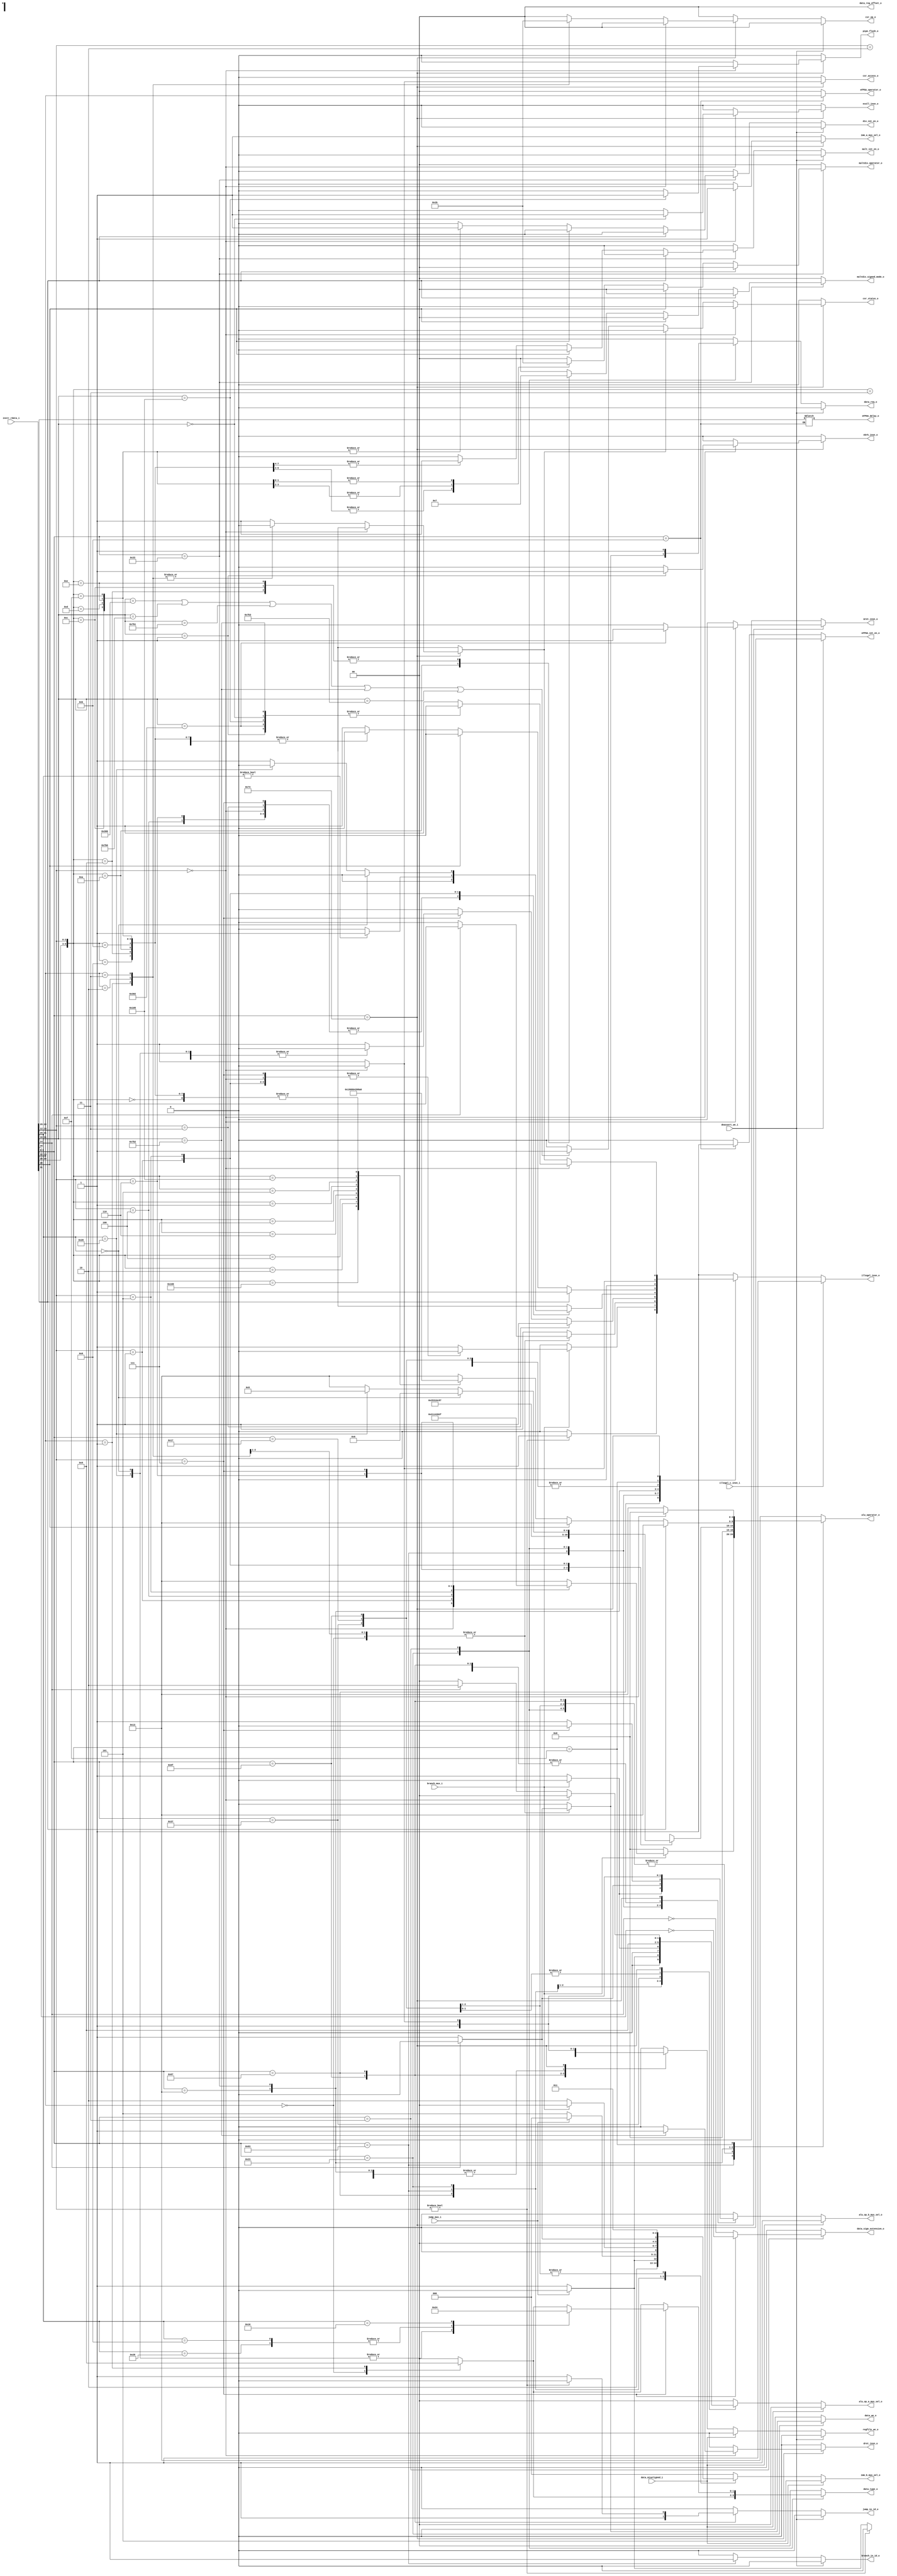
// Copyright lowRISC contributors.
// Copyright 2018 ETH Zurich and University of Bologna.
// Licensed under the Apache License, Version 2.0, see LICENSE for details.
// SPDX-License-Identifier: Apache-2.0

////////////////////////////////////////////////////////////////////////////////
// Engineer        Andreas Traber - atraber@iis.ee.ethz.ch                    //
//                                                                            //
// Additional contributions by:                                               //
//                 Matthias Baer - baermatt@student.ethz.ch                   //
//                 Igor Loi - igor.loi@unibo.it                               //
//                 Sven Stucki - svstucki@student.ethz.ch                     //
//                 Davide Schiavone - pschiavo@iis.ee.ethz.ch                 //
//                 Markus Wegmann - markus.wegmann@technokrat.ch              //
//                                                                            //
// Design Name:    Decoder                                                    //
// Project Name:   ibex                                                       //
// Language:       SystemVerilog                                              //
//                                                                            //
// Description:    Decoder                                                    //
//                                                                            //
////////////////////////////////////////////////////////////////////////////////


module flexbex_ibex_decoder (
	deassert_we_i,
	data_misaligned_i,
	branch_mux_i,
	jump_mux_i,
	illegal_insn_o,
	ebrk_insn_o,
	mret_insn_o,
	dret_insn_o,
	ecall_insn_o,
	pipe_flush_o,
	instr_rdata_i,
	illegal_c_insn_i,
	alu_operator_o,
	alu_op_a_mux_sel_o,
	alu_op_b_mux_sel_o,
	imm_a_mux_sel_o,
	imm_b_mux_sel_o,
	mult_int_en_o,
	div_int_en_o,
	multdiv_operator_o,
	multdiv_signed_mode_o,
	regfile_we_o,
	csr_access_o,
	csr_op_o,
	csr_status_o,
	data_req_o,
	data_we_o,
	data_type_o,
	data_sign_extension_o,
	data_reg_offset_o,
	jump_in_id_o,
	branch_in_id_o,
	eFPGA_operator_o,
	eFPGA_int_en_o,
	eFPGA_delay_o
);
	parameter [0:0] RV32M = 1;
	input wire deassert_we_i;
	input wire data_misaligned_i;
	input wire branch_mux_i;
	input wire jump_mux_i;
	output reg illegal_insn_o;
	output reg ebrk_insn_o;
	output reg mret_insn_o;
	output reg dret_insn_o;
	output reg ecall_insn_o;
	output reg pipe_flush_o;
	input wire [31:0] instr_rdata_i;
	input wire illegal_c_insn_i;
	output reg [4:0] alu_operator_o;
	output reg [1:0] alu_op_a_mux_sel_o;
	output reg alu_op_b_mux_sel_o;
	output reg imm_a_mux_sel_o;
	output reg [2:0] imm_b_mux_sel_o;
	output wire mult_int_en_o;
	output wire div_int_en_o;
	output reg [1:0] multdiv_operator_o;
	output reg [1:0] multdiv_signed_mode_o;
	output wire regfile_we_o;
	output reg csr_access_o;
	output wire [1:0] csr_op_o;
	output reg csr_status_o;
	output wire data_req_o;
	output reg data_we_o;
	output reg [1:0] data_type_o;
	output reg data_sign_extension_o;
	output reg [1:0] data_reg_offset_o;
	output wire jump_in_id_o;
	output wire branch_in_id_o;
	output reg [1:0] eFPGA_operator_o;
	output wire eFPGA_int_en_o;
	output reg [3:0] eFPGA_delay_o;
	reg regfile_we;
	reg data_req;
	reg mult_int_en;
	reg div_int_en;
	reg branch_in_id;
	reg jump_in_id;
	reg eFPGA_int_en;
	reg [1:0] csr_op;
	reg csr_illegal;
	reg [6:0] opcode;
	always @(*) begin
		jump_in_id = 1'b0;
		branch_in_id = 1'b0;
		alu_operator_o = 5'd19;
		alu_op_a_mux_sel_o = 2'd0;
		alu_op_b_mux_sel_o = 1'd0;
		imm_a_mux_sel_o = 1'd1;
		imm_b_mux_sel_o = 3'd0;
		mult_int_en = 1'b0;
		div_int_en = 1'b0;
		multdiv_operator_o = 2'd0;
		multdiv_signed_mode_o = 2'b00;
		eFPGA_int_en = 1'b0;
		eFPGA_operator_o = 2'b00;
		regfile_we = 1'b0;
		csr_access_o = 1'b0;
		csr_status_o = 1'b0;
		csr_illegal = 1'b0;
		csr_op = 2'd0;
		data_we_o = 1'b0;
		data_type_o = 2'b00;
		data_sign_extension_o = 1'b0;
		data_reg_offset_o = 2'b00;
		data_req = 1'b0;
		illegal_insn_o = 1'b0;
		ebrk_insn_o = 1'b0;
		mret_insn_o = 1'b0;
		dret_insn_o = 1'b0;
		ecall_insn_o = 1'b0;
		pipe_flush_o = 1'b0;
		opcode = instr_rdata_i[6:0];
		case (opcode)
			7'h6f: begin
				jump_in_id = 1'b1;
				if (jump_mux_i) begin
					alu_op_a_mux_sel_o = 2'd1;
					alu_op_b_mux_sel_o = 1'd1;
					imm_b_mux_sel_o = 3'd4;
					alu_operator_o = 5'd0;
					regfile_we = 1'b0;
				end
				else begin
					alu_op_a_mux_sel_o = 2'd1;
					alu_op_b_mux_sel_o = 1'd1;
					imm_b_mux_sel_o = 3'd5;
					alu_operator_o = 5'd0;
					regfile_we = 1'b1;
				end
			end
			7'h67: begin
				jump_in_id = 1'b1;
				if (jump_mux_i) begin
					alu_op_a_mux_sel_o = 2'd0;
					alu_op_b_mux_sel_o = 1'd1;
					imm_b_mux_sel_o = 3'd0;
					alu_operator_o = 5'd0;
					regfile_we = 1'b0;
				end
				else begin
					alu_op_a_mux_sel_o = 2'd1;
					alu_op_b_mux_sel_o = 1'd1;
					imm_b_mux_sel_o = 3'd5;
					alu_operator_o = 5'd0;
					regfile_we = 1'b1;
				end
				if (instr_rdata_i[14:12] != 3'b000) begin
					jump_in_id = 1'b0;
					regfile_we = 1'b0;
					illegal_insn_o = 1'b1;
				end
			end
			7'h63: begin
				branch_in_id = 1'b1;
				if (branch_mux_i)
					case (instr_rdata_i[14:12])
						3'b000: alu_operator_o = 5'd16;
						3'b001: alu_operator_o = 5'd17;
						3'b100: alu_operator_o = 5'd8;
						3'b101: alu_operator_o = 5'd14;
						3'b110: alu_operator_o = 5'd9;
						3'b111: alu_operator_o = 5'd15;
						default: illegal_insn_o = 1'b1;
					endcase
				else begin
					alu_op_a_mux_sel_o = 2'd1;
					alu_op_b_mux_sel_o = 1'd1;
					imm_b_mux_sel_o = 3'd2;
					alu_operator_o = 5'd0;
					regfile_we = 1'b0;
				end
			end
			7'h23: begin
				data_req = 1'b1;
				data_we_o = 1'b1;
				alu_operator_o = 5'd0;
				if (!instr_rdata_i[14]) begin
					imm_b_mux_sel_o = 3'd1;
					alu_op_b_mux_sel_o = 1'd1;
				end
				else begin
					data_req = 1'b0;
					data_we_o = 1'b0;
					illegal_insn_o = 1'b1;
				end
				case (instr_rdata_i[13:12])
					2'b00: data_type_o = 2'b10;
					2'b01: data_type_o = 2'b01;
					2'b10: data_type_o = 2'b00;
					default: begin
						data_req = 1'b0;
						data_we_o = 1'b0;
						illegal_insn_o = 1'b1;
					end
				endcase
			end
			7'h03: begin
				data_req = 1'b1;
				regfile_we = 1'b1;
				data_type_o = 2'b00;
				alu_operator_o = 5'd0;
				alu_op_b_mux_sel_o = 1'd1;
				imm_b_mux_sel_o = 3'd0;
				data_sign_extension_o = ~instr_rdata_i[14];
				case (instr_rdata_i[13:12])
					2'b00: data_type_o = 2'b10;
					2'b01: data_type_o = 2'b01;
					2'b10: data_type_o = 2'b00;
					default: data_type_o = 2'b00;
				endcase
				if (instr_rdata_i[14:12] == 3'b111) begin
					alu_op_b_mux_sel_o = 1'd0;
					data_sign_extension_o = ~instr_rdata_i[30];
					case (instr_rdata_i[31:25])
						7'b0000000, 7'b0100000: data_type_o = 2'b10;
						7'b0001000, 7'b0101000: data_type_o = 2'b01;
						7'b0010000: data_type_o = 2'b00;
						default: illegal_insn_o = 1'b1;
					endcase
				end
				if (instr_rdata_i[14:12] == 3'b011)
					illegal_insn_o = 1'b1;
			end
			7'h37: begin
				alu_op_a_mux_sel_o = 2'd2;
				alu_op_b_mux_sel_o = 1'd1;
				imm_a_mux_sel_o = 1'd1;
				imm_b_mux_sel_o = 3'd3;
				alu_operator_o = 5'd0;
				regfile_we = 1'b1;
			end
			7'h17: begin
				alu_op_a_mux_sel_o = 2'd1;
				alu_op_b_mux_sel_o = 1'd1;
				imm_b_mux_sel_o = 3'd3;
				alu_operator_o = 5'd0;
				regfile_we = 1'b1;
			end
			7'h13: begin
				alu_op_b_mux_sel_o = 1'd1;
				imm_b_mux_sel_o = 3'd0;
				regfile_we = 1'b1;
				case (instr_rdata_i[14:12])
					3'b000: alu_operator_o = 5'd0;
					3'b010: alu_operator_o = 5'd18;
					3'b011: alu_operator_o = 5'd19;
					3'b100: alu_operator_o = 5'd2;
					3'b110: alu_operator_o = 5'd3;
					3'b111: alu_operator_o = 5'd4;
					3'b001: begin
						alu_operator_o = 5'd7;
						if (instr_rdata_i[31:25] != 7'b0000000)
							illegal_insn_o = 1'b1;
					end
					3'b101:
						if (instr_rdata_i[31:25] == 7'b0000000)
							alu_operator_o = 5'd6;
						else if (instr_rdata_i[31:25] == 7'b0100000)
							alu_operator_o = 5'd5;
						else
							illegal_insn_o = 1'b1;
					default:
						;
				endcase
			end
			7'h33: begin
				regfile_we = 1'b1;
				if (instr_rdata_i[31])
					illegal_insn_o = 1'b1;
				else if (!instr_rdata_i[28])
					case ({instr_rdata_i[30:25], instr_rdata_i[14:12]})
						9'b000000000: alu_operator_o = 5'd0;
						9'b100000000: alu_operator_o = 5'd1;
						9'b000000010: alu_operator_o = 5'd18;
						9'b000000011: alu_operator_o = 5'd19;
						9'b000000100: alu_operator_o = 5'd2;
						9'b000000110: alu_operator_o = 5'd3;
						9'b000000111: alu_operator_o = 5'd4;
						9'b000000001: alu_operator_o = 5'd7;
						9'b000000101: alu_operator_o = 5'd6;
						9'b100000101: alu_operator_o = 5'd5;
						9'b000001000: begin
							alu_operator_o = 5'd0;
							multdiv_operator_o = 2'd0;
							mult_int_en = 1'b1;
							multdiv_signed_mode_o = 2'b00;
							illegal_insn_o = (RV32M ? 1'b0 : 1'b1);
						end
						9'b000001001: begin
							alu_operator_o = 5'd0;
							multdiv_operator_o = 2'd1;
							mult_int_en = 1'b1;
							multdiv_signed_mode_o = 2'b11;
							illegal_insn_o = (RV32M ? 1'b0 : 1'b1);
						end
						9'b000001010: begin
							alu_operator_o = 5'd0;
							multdiv_operator_o = 2'd1;
							mult_int_en = 1'b1;
							multdiv_signed_mode_o = 2'b01;
							illegal_insn_o = (RV32M ? 1'b0 : 1'b1);
						end
						9'b000001011: begin
							alu_operator_o = 5'd0;
							multdiv_operator_o = 2'd1;
							mult_int_en = 1'b1;
							multdiv_signed_mode_o = 2'b00;
							illegal_insn_o = (RV32M ? 1'b0 : 1'b1);
						end
						9'b000001100: begin
							alu_operator_o = 5'd0;
							multdiv_operator_o = 2'd2;
							div_int_en = 1'b1;
							multdiv_signed_mode_o = 2'b11;
							illegal_insn_o = (RV32M ? 1'b0 : 1'b1);
						end
						9'b000001101: begin
							alu_operator_o = 5'd0;
							multdiv_operator_o = 2'd2;
							div_int_en = 1'b1;
							multdiv_signed_mode_o = 2'b00;
							illegal_insn_o = (RV32M ? 1'b0 : 1'b1);
						end
						9'b000001110: begin
							alu_operator_o = 5'd0;
							multdiv_operator_o = 2'd3;
							div_int_en = 1'b1;
							multdiv_signed_mode_o = 2'b11;
							illegal_insn_o = (RV32M ? 1'b0 : 1'b1);
						end
						9'b000001111: begin
							alu_operator_o = 5'd0;
							multdiv_operator_o = 2'd3;
							div_int_en = 1'b1;
							multdiv_signed_mode_o = 2'b00;
							illegal_insn_o = (RV32M ? 1'b0 : 1'b1);
						end
						default: illegal_insn_o = 1'b1;
					endcase
			end
			7'h0b: begin
				regfile_we = 1'b1;
				eFPGA_operator_o = instr_rdata_i[13:12];
				eFPGA_delay_o = instr_rdata_i[28:25];
				eFPGA_int_en = 1'b1;
			end
			7'h0f:
				if (instr_rdata_i[14:12] == 3'b000) begin
					alu_operator_o = 5'd0;
					regfile_we = 1'b0;
				end
				else
					illegal_insn_o = 1'b1;
			7'h73:
				if (instr_rdata_i[14:12] == 3'b000)
					case (instr_rdata_i[31:20])
						12'h000: ecall_insn_o = 1'b1;
						12'h001: ebrk_insn_o = 1'b1;
						12'h302: mret_insn_o = 1'b1;
						12'h7b2: dret_insn_o = 1'b1;
						12'h105: pipe_flush_o = 1'b1;
						default: illegal_insn_o = 1'b1;
					endcase
				else begin
					csr_access_o = 1'b1;
					regfile_we = 1'b1;
					alu_op_b_mux_sel_o = 1'd1;
					imm_a_mux_sel_o = 1'd0;
					imm_b_mux_sel_o = 3'd0;
					if (instr_rdata_i[14])
						alu_op_a_mux_sel_o = 2'd2;
					else
						alu_op_a_mux_sel_o = 2'd0;
					case (instr_rdata_i[13:12])
						2'b01: csr_op = 2'd1;
						2'b10: csr_op = 2'd2;
						2'b11: csr_op = 2'd3;
						default: csr_illegal = 1'b1;
					endcase
					if (!csr_illegal)
						if (((((instr_rdata_i[31:20] == 12'h300) || (instr_rdata_i[31:20] == 12'h7b0)) || (instr_rdata_i[31:20] == 12'h7b1)) || (instr_rdata_i[31:20] == 12'h7b2)) || (instr_rdata_i[31:20] == 12'h7b3))
							csr_status_o = 1'b1;
					illegal_insn_o = csr_illegal;
				end
			default: illegal_insn_o = 1'b1;
		endcase
		if (illegal_c_insn_i)
			illegal_insn_o = 1'b1;
		if (data_misaligned_i) begin
			alu_op_a_mux_sel_o = 2'd0;
			alu_op_b_mux_sel_o = 1'd1;
			imm_b_mux_sel_o = 3'd5;
			regfile_we = 1'b0;
		end
	end
	assign regfile_we_o = (deassert_we_i ? 1'b0 : regfile_we);
	assign mult_int_en_o = (RV32M ? (deassert_we_i ? 1'b0 : mult_int_en) : 1'b0);
	assign div_int_en_o = (RV32M ? (deassert_we_i ? 1'b0 : div_int_en) : 1'b0);
	assign data_req_o = (deassert_we_i ? 1'b0 : data_req);
	assign csr_op_o = (deassert_we_i ? 2'd0 : csr_op);
	assign jump_in_id_o = (deassert_we_i ? 1'b0 : jump_in_id);
	assign branch_in_id_o = (deassert_we_i ? 1'b0 : branch_in_id);
	assign eFPGA_int_en_o = (deassert_we_i ? 1'b0 : eFPGA_int_en);
endmodule